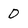
Character: D